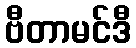
ဗီတာမင်ဒီ